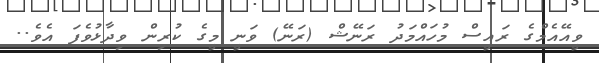
ވީއޭއެމްގެ ރައީސް މުހައްމަދު ރަނޭޝް (ރަނޭ) ވަނީ މީގެ ކުރިން ވިދާޅުވެފަ އެވެ..